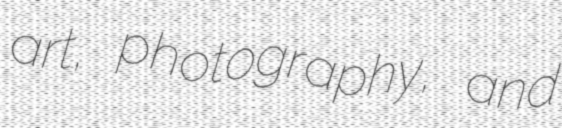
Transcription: art, photography, and